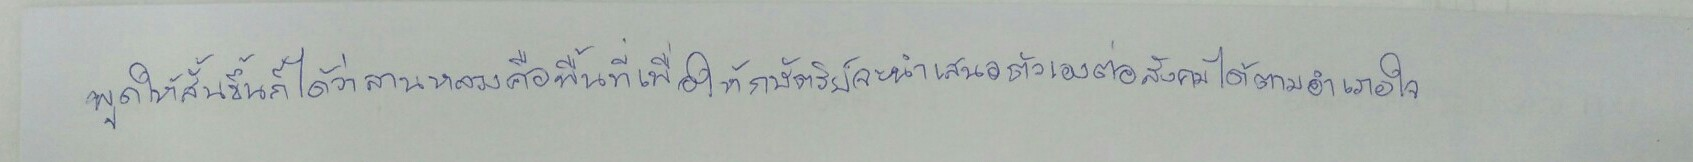
พูดให้สั้นขึ้นก็ได้ว่าลานหลวงคือพื้นที่เพื่อให้กษัตริย์จะนำเสนอตัวเองต่อสังคมได้ตามอำเภอใจ